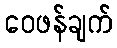
ဝေဖန်ချက်